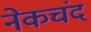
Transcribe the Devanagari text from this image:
नेकचंद